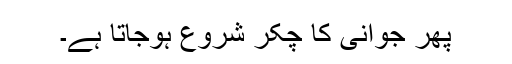
پھر جوانی کا چکّر شروع ہوجاتا ہے۔